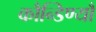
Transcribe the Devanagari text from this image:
कौन्डिण्यौ